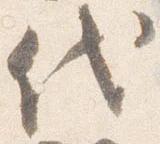
代